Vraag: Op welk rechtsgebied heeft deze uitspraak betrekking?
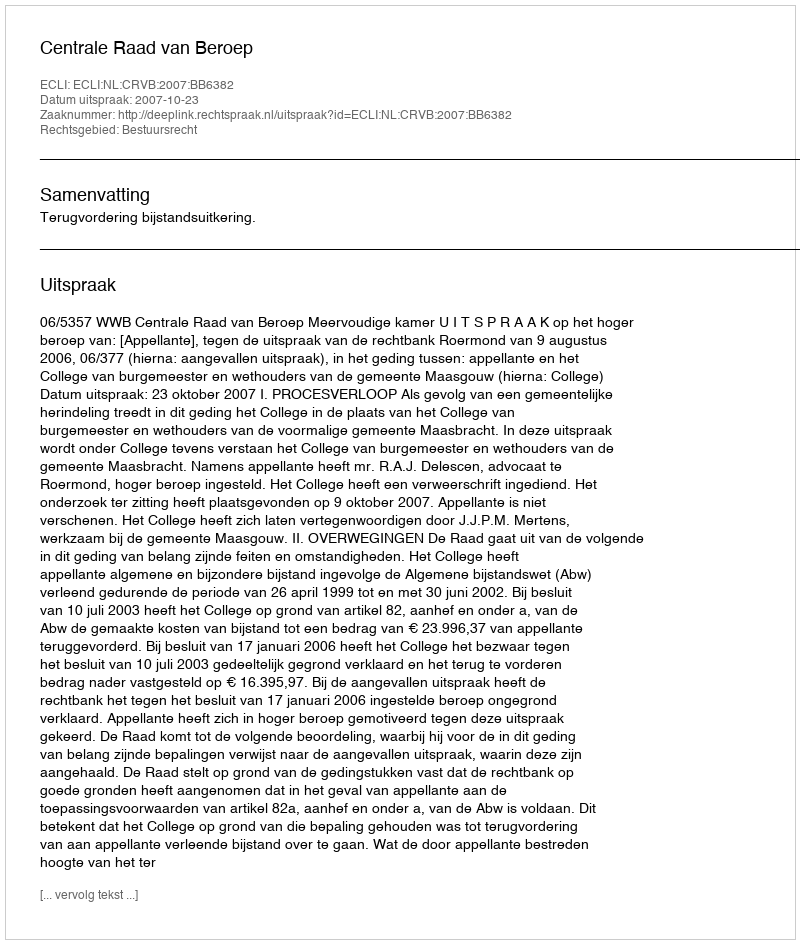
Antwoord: Bestuursrecht